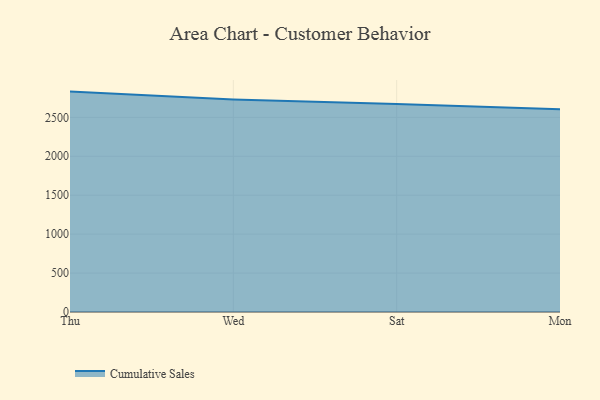
{"axis": {"x": "Day", "y": "Temperature (°C)"}, "legend": ["Cumulative Sales"], "data": [{"x": "Thu", "y": 2830.8, "type": "Cumulative Sales"}, {"x": "Wed", "y": 2729.1, "type": "Cumulative Sales"}, {"x": "Sat", "y": 2671.1, "type": "Cumulative Sales"}, {"x": "Mon", "y": 2605.7, "type": "Cumulative Sales"}]}